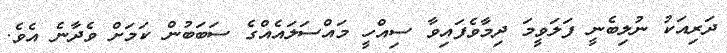
ދަރިއަކު ނުލިބެނީ ފަލަވީމަ ދިމާވެފައިވާ ސިއްހީ މައްސަލައެއްގެ ސަބަބުން ކަމަށް ވެދާނެ އެވެ.